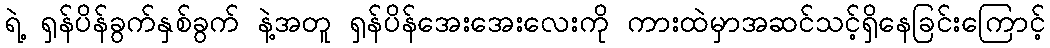
ရဲ့ ရှန်ပိန်ခွက်နှစ်ခွက် နဲ့အတူ ရှန်ပိန်အေးအေးလေးကို ကားထဲမှာအဆင်သင့်ရှိနေခြင်းကြောင့်